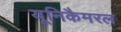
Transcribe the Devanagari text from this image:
यूनिकैमरल